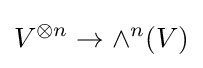
V^{\otimes n}\to \wedge ^{n}(V)